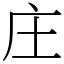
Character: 庄